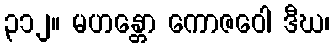
၃၁၂။ မဟန္တော ကောဇဝေါ ဒီဃ၊